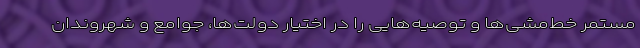
مستمر خط‌مشی‌ها و توصیه‌هایی را در اختیار دولت‌ها، جوامع و شهروندان